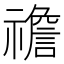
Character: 䄡